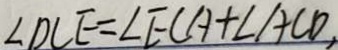
\angle D C E = \angle E C A + \angle A C D ,